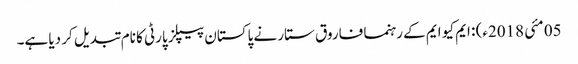
05 مئی 2018ء) : ایم کیو ایم کے رہنما فاروق ستار نے پاکستان پیپلز پارٹی کا نام تبدیل کر دیا ہے۔